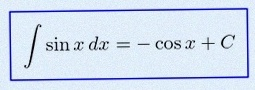
\int \sin x\,dx=-\cos x+C